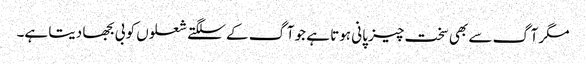
مگر آگ سے بھی سخت چیز پانی ہوتا ہے جو آگ کے سلگتے شعلوں کو بی بجھا دیتا ہے۔